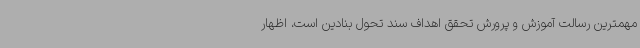
مهمترین رسالت آموزش و پرورش تحقق اهداف سند تحول بنادین است، اظهار